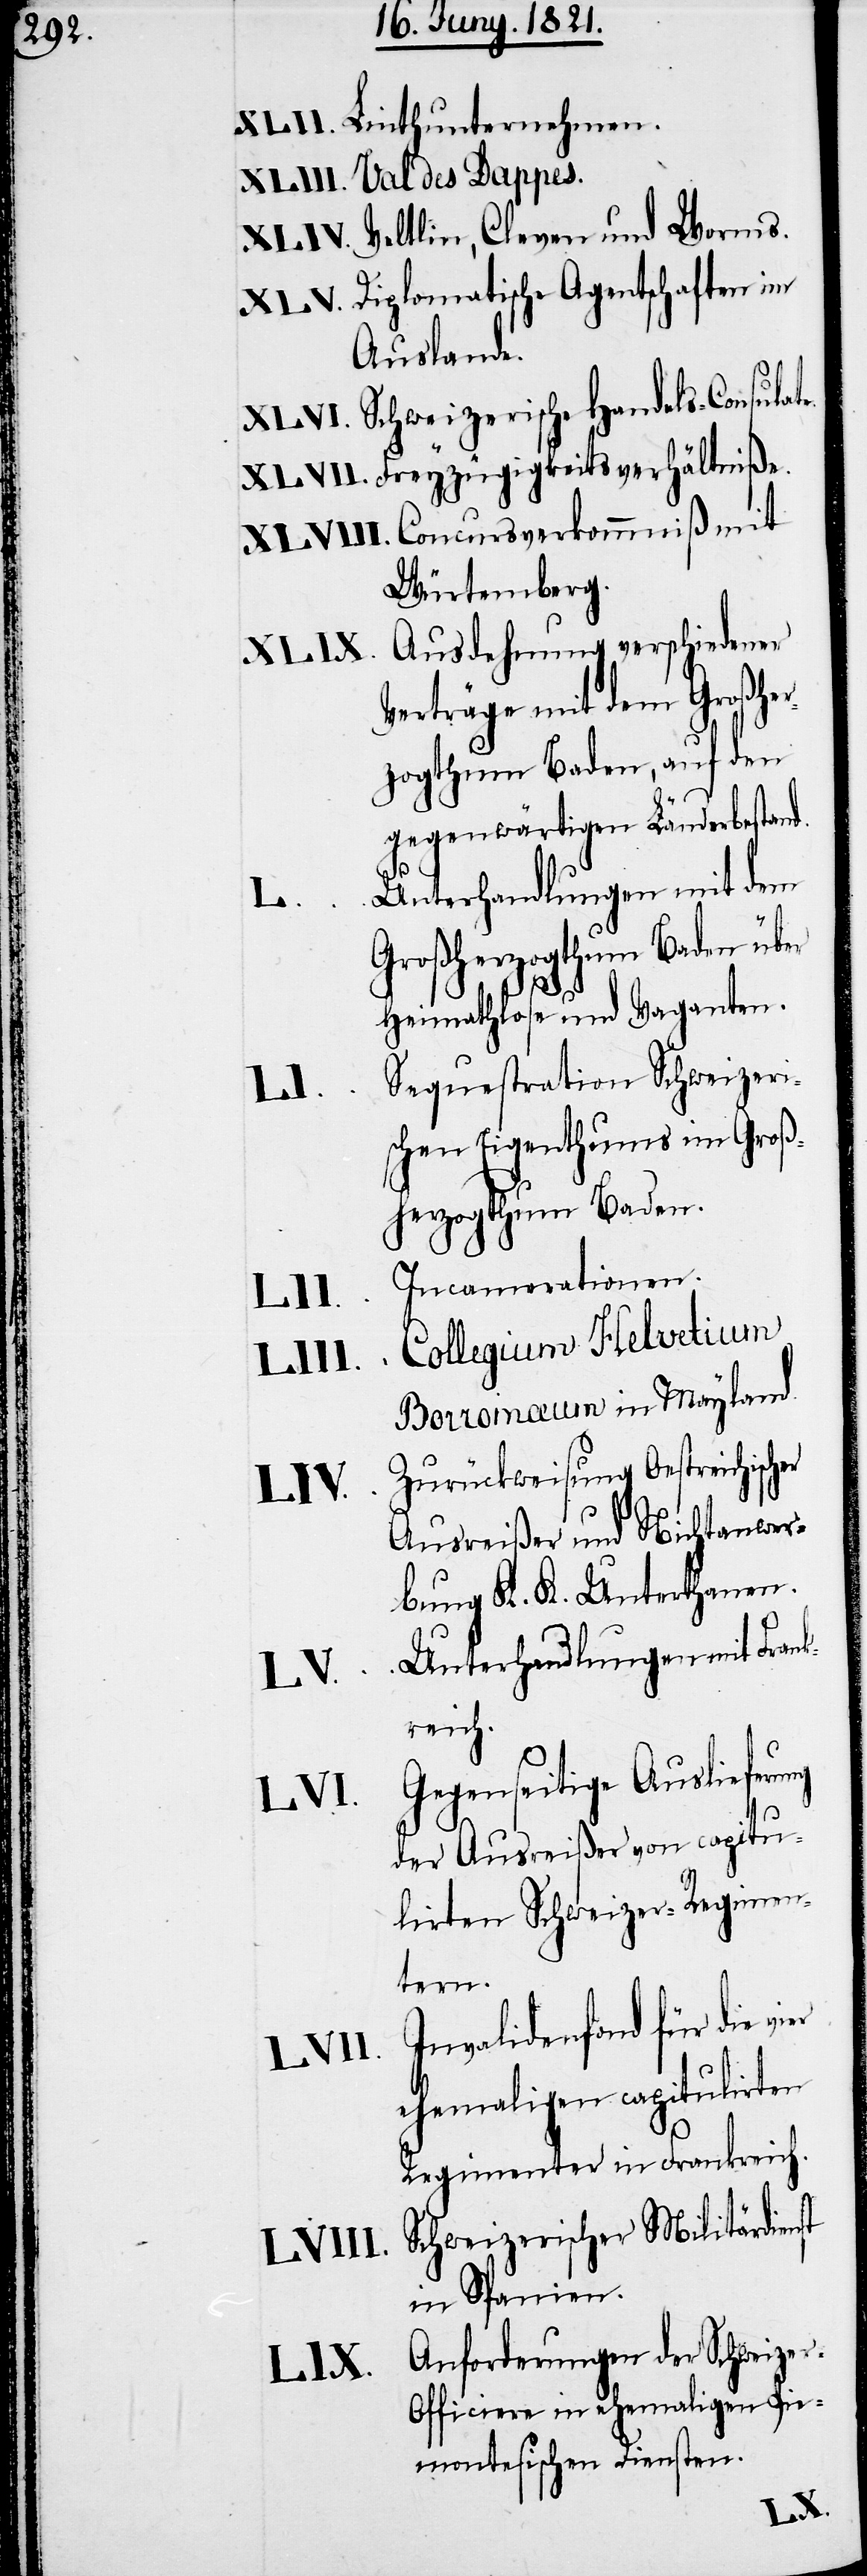
Linthunternehmen.
Val des Dappes.
Veltlin, Cleven und Worms.
Diplomatische Agentschaften im
Auslande.
Schweizerische Handels-Consulat¬
Freyzügigkeitsverhältniße.
Concursverkommniß mit
Würtemberg.
Ausdehnung verschiedener
Verträge mit dem Großher¬
zogthum Baden, auf den
gegenwärtigen Länderbestand.
Unterhandlungen mit dem
Großherzogthum Baden über
Heimathlose und Vaganten.
Sequestration Schweizeri¬
schen Eigenthums im Groß¬
herzogthum Baden.
Incamerationen.
LIII.
Collegium Helvetium
Borromæum in Mayland.
Zurückweisung Oestreichischer
Ausreißer und Nichtanwer¬
bung K. K. Unterthanen.
Unterhandlungen mit Fran¬
kreich.
Gegenseitige Auslieferung
der Ausreißer von capitu¬
lirten Schweizer-Regimen¬
tern.
Invalidenfond für die
ehemaligen capitulirten
Regimenter in Frankreich.
Schweizerischer Militärdienst
in Spanien.
Anforderungen der Schweize¬
r-Officiere in ehemaligen Pie¬
montesischen Diensten.
e.